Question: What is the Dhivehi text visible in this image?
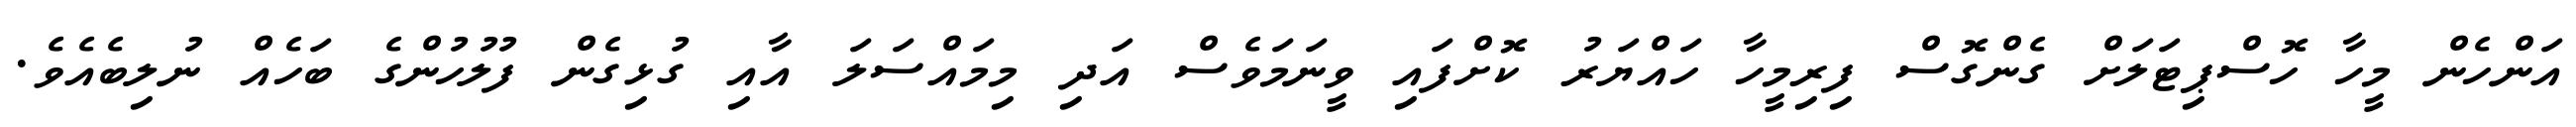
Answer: އަންހެން މީހާ ހޮސްޕިޓަލަށް ގެންގޮސް ފިރިމީހާ ހައްޔަރު ކޮށްފައި ވީނަމަވެސް އަދި މިމައްސަލަ އާއި ގުޅިގެން ފުލުހުންގެ ބަހެއް ނުލިބެއެވެ.